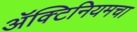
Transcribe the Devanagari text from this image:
ॲक्टिनियमचा